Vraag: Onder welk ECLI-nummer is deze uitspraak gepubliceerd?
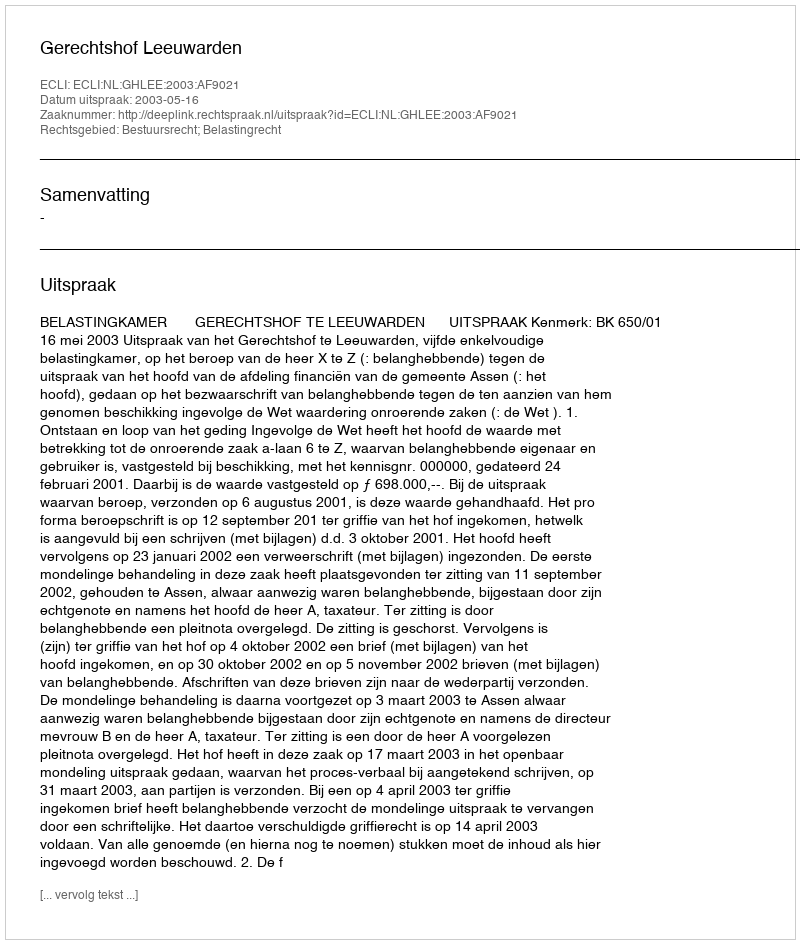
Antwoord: ECLI:NL:GHLEE:2003:AF9021